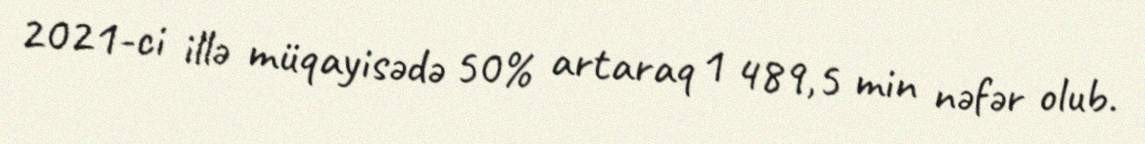
2021-ci illə müqayisədə 50% artaraq 1 489,5 min nəfər olub.